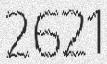
2621